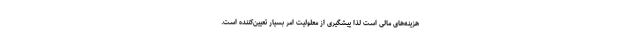
هزینه‌های مالی است لذا پیشگیری از معلولیت امر بسیار تعیین‌کننده است.